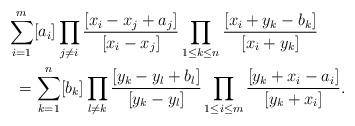
\begin{gather*}\sum_{i=1}^{m} [a_i] \prod_{j \not= i}{{[x_i-x_j+a_j] \over [x_{i}-x_{j}]}}\prod_{1 \le k \le n}{{[x_i+y_k-b_k] \over [x_i+y_k]}}\\\qquad{} = \sum_{k=1}^{n} [b_k] \prod_{l \not= k} {{[y_k-y_l+b_l] \over [y_k-y_l]}}\prod_{1 \le i \le m}{{[y_k+x_i-a_i] \over [y_k+x_i]}}.\end{gather*}